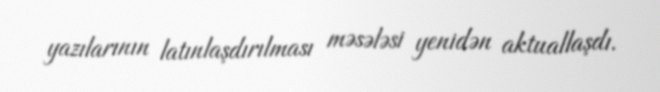
yazılarının latınlaşdırılması məsələsi yenidən aktuallaşdı.